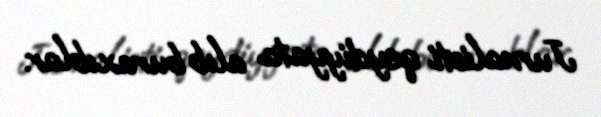
Jurnalisti qeydiyyata alıb buraxıblar.